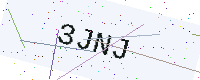
Text: 3JNJ